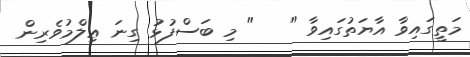
މަތީގައިވާ އާޔަތުގައިވާ "   " މި ބަސްފުޅު ގިނަ ޢިލްމުވެރިން